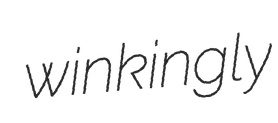
winkingly